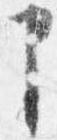
申